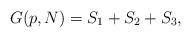
LaTeX: \begin{align*}G(p,N) = S_1 + S_2 + S_3,\end{align*}